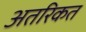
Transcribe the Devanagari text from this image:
अतरिकत